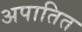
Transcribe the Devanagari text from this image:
अपातित